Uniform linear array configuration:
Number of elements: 48
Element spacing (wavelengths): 0.5
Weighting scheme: cosine
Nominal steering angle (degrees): -15
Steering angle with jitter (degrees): -14.25
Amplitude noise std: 0.05
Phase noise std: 0.05

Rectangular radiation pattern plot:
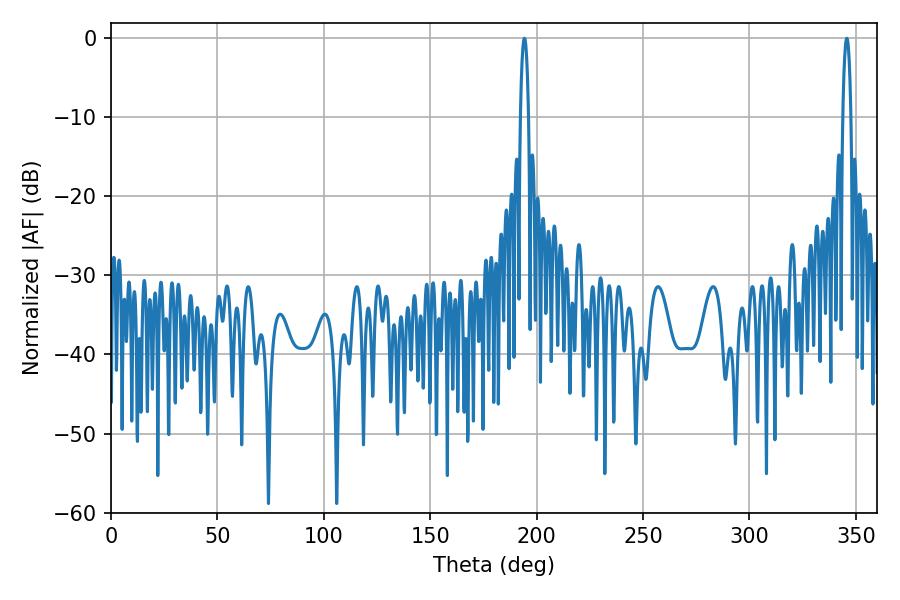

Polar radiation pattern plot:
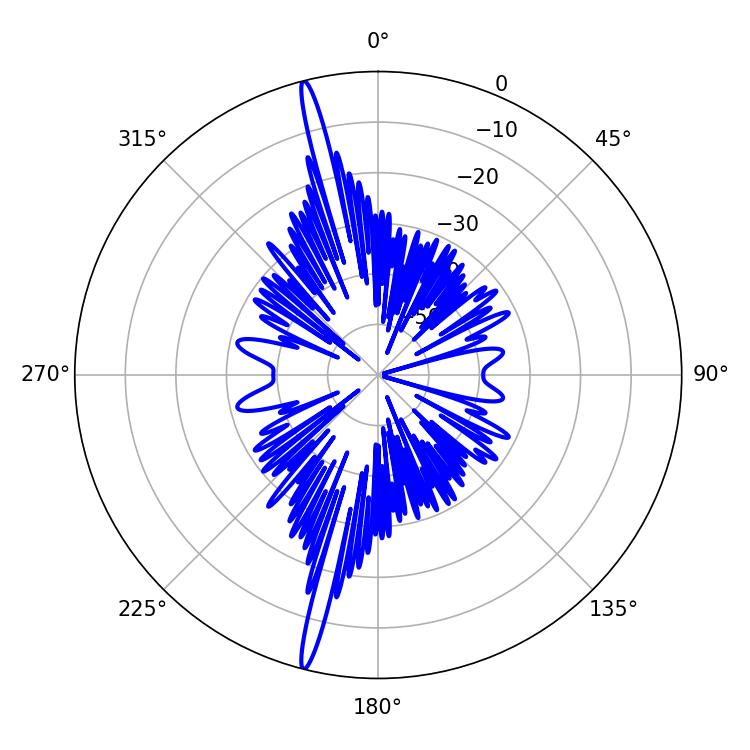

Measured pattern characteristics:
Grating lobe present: FALSE
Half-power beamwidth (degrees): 2.16
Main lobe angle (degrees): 194.22